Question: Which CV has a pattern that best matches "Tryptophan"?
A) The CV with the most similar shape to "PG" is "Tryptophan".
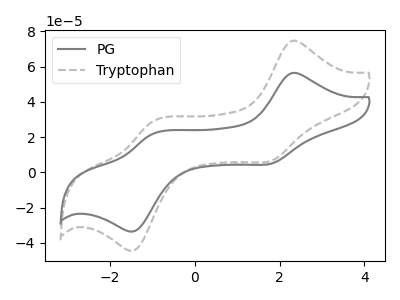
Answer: <think>The gray curve "PG" has anodic peaks at (2.30V, 56.30uA) (-1.00V, 21.85uA) and cathodic peaks at (1.80V, 4.95uA) (-1.40V, -33.30uA). The gray dashed curve "Tryptophan" has anodic peaks at (2.30V, 74.55uA) (-1.00V, 28.90uA) and cathodic peaks at (1.80V, 6.55uA) (-1.40V, -44.10uA).
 All the peaks in "PG" have a peak in "Tryptophan" at the same potential.</think>
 <answer>A) The CV with the most similar shape to "PG" is "Tryptophan".</answer>
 <eval>A</eval>